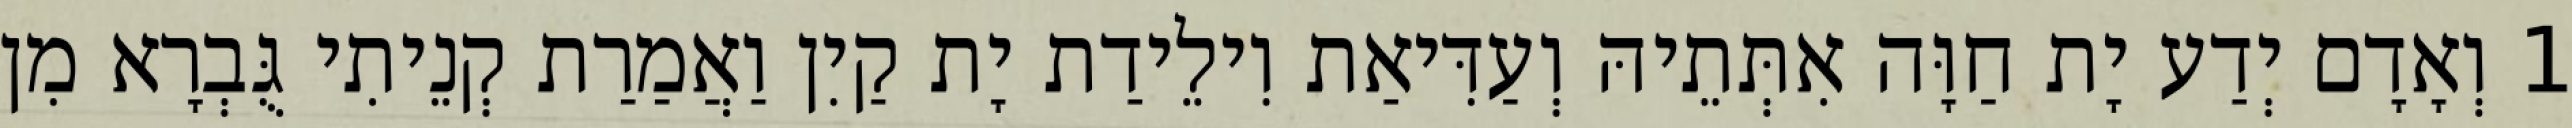
1 וְאָדָם יְדַע יָת חַוָּה אִתְּתֵיהּ וְעַדִּיאַת וִילֵידַת יָת קַיִן וַאֲמַרַת קְנֵיתִי גֻּבְרָא מִן